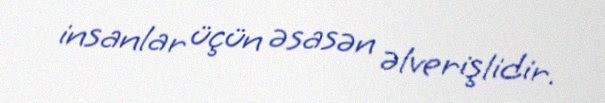
insanlar üçün əsasən əlverişlidir.